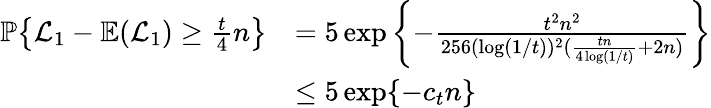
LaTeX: \begin{array}{rl}{{\mathbb{P}}\big\{ \mathcal{L}_{1}-\mathbb{E}(\mathcal{L}_{1})\geq\frac{t}{4}n\big\} }&{=5\exp\left\{ -\frac{t^{2}n^{2}}{256(\log(1/t))^{2}(\frac{tn}{4\log(1/t)}+2n)}\right\} }\\ &{\le 5\exp\{ -c_{t}n\} }\end{array}